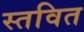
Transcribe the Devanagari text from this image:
स्तवित